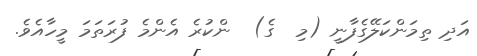
އަދި ތިމަންކަލޭގެފާނީ (މި  ގެ)  ންކުރެ އެންމެ ފުރަތަމަ މީހާއެވެ.